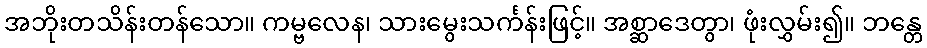
အဘိုးတသိန်းတန်သော။ ကမ္ဗလေန၊ သားမွေးသင်္ကန်းဖြင့်။ အစ္ဆာဒေတွာ၊ ဖုံးလွှမ်း၍။ ဘန္တေ